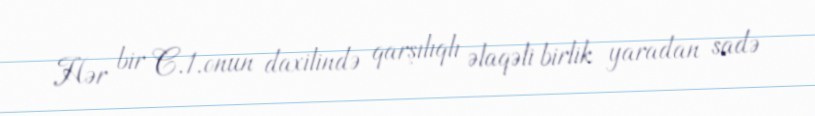
Hər bir C.1.onun daxilində qarşılıqlı əlaqəli birlik yaradan sadə